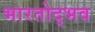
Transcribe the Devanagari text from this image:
भारतोद्भव